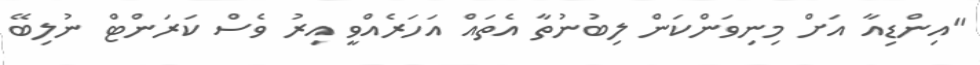
"އިންޑިއާ އަށް މިނިވަންކަން ލިބުނުތާ އެތައް އަހަރެއްވީ އިރު ވެސް ކަރަންޓް ނުލިބޭ